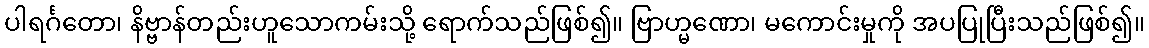
ပါရင်္ဂတော၊ နိဗ္ဗာန်တည်းဟူသောကမ်းသို့ ရောက်သည်ဖြစ်၍။ ဗြာဟ္မဏော၊ မကောင်းမှုကို အပပြုပြီးသည်ဖြစ်၍။